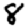
Digit: 8